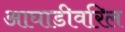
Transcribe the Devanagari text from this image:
आघाडीवरिल